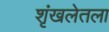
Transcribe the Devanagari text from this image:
शृंखलेतला